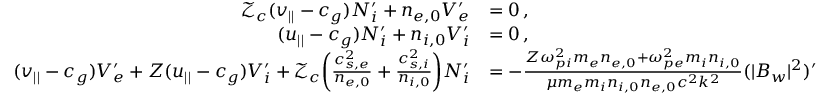
\begin{array} { r l } { \mathcal { Z } _ { c } ( v _ { | | } - c _ { g } ) N _ { i } ^ { \prime } + n _ { e , 0 } V _ { e } ^ { \prime } } & { = 0 \, , } \\ { ( u _ { | | } - c _ { g } ) N _ { i } ^ { \prime } + n _ { i , 0 } V _ { i } ^ { \prime } } & { = 0 \, , } \\ { ( v _ { | | } - c _ { g } ) V _ { e } ^ { \prime } + Z ( u _ { | | } - c _ { g } ) V _ { i } ^ { \prime } + \mathcal { Z } _ { c } \bigg ( \frac { c _ { s , e } ^ { 2 } } { n _ { e , 0 } } + \frac { c _ { s , i } ^ { 2 } } { n _ { i , 0 } } \bigg ) N _ { i } ^ { \prime } } & { = - \frac { Z \omega _ { p i } ^ { 2 } m _ { e } n _ { e , 0 } + \omega _ { p e } ^ { 2 } m _ { i } n _ { i , 0 } } { \mu m _ { e } m _ { i } n _ { i , 0 } n _ { e , 0 } c ^ { 2 } k ^ { 2 } } ( | B _ { w } | ^ { 2 } ) ^ { \prime } } \end{array}